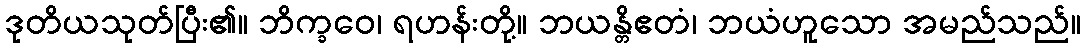
ဒုတိယသုတ်ပြီး၏။ ဘိက္ခဝေ၊ ရဟန်းတို့။ ဘယန္တိဧတံ၊ ဘယံဟူသော အမည်သည်။